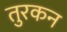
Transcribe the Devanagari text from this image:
तुरकन